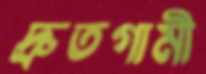
দ্রুতগামী